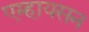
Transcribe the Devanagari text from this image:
एम्हायसन